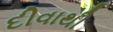
દીવાથી